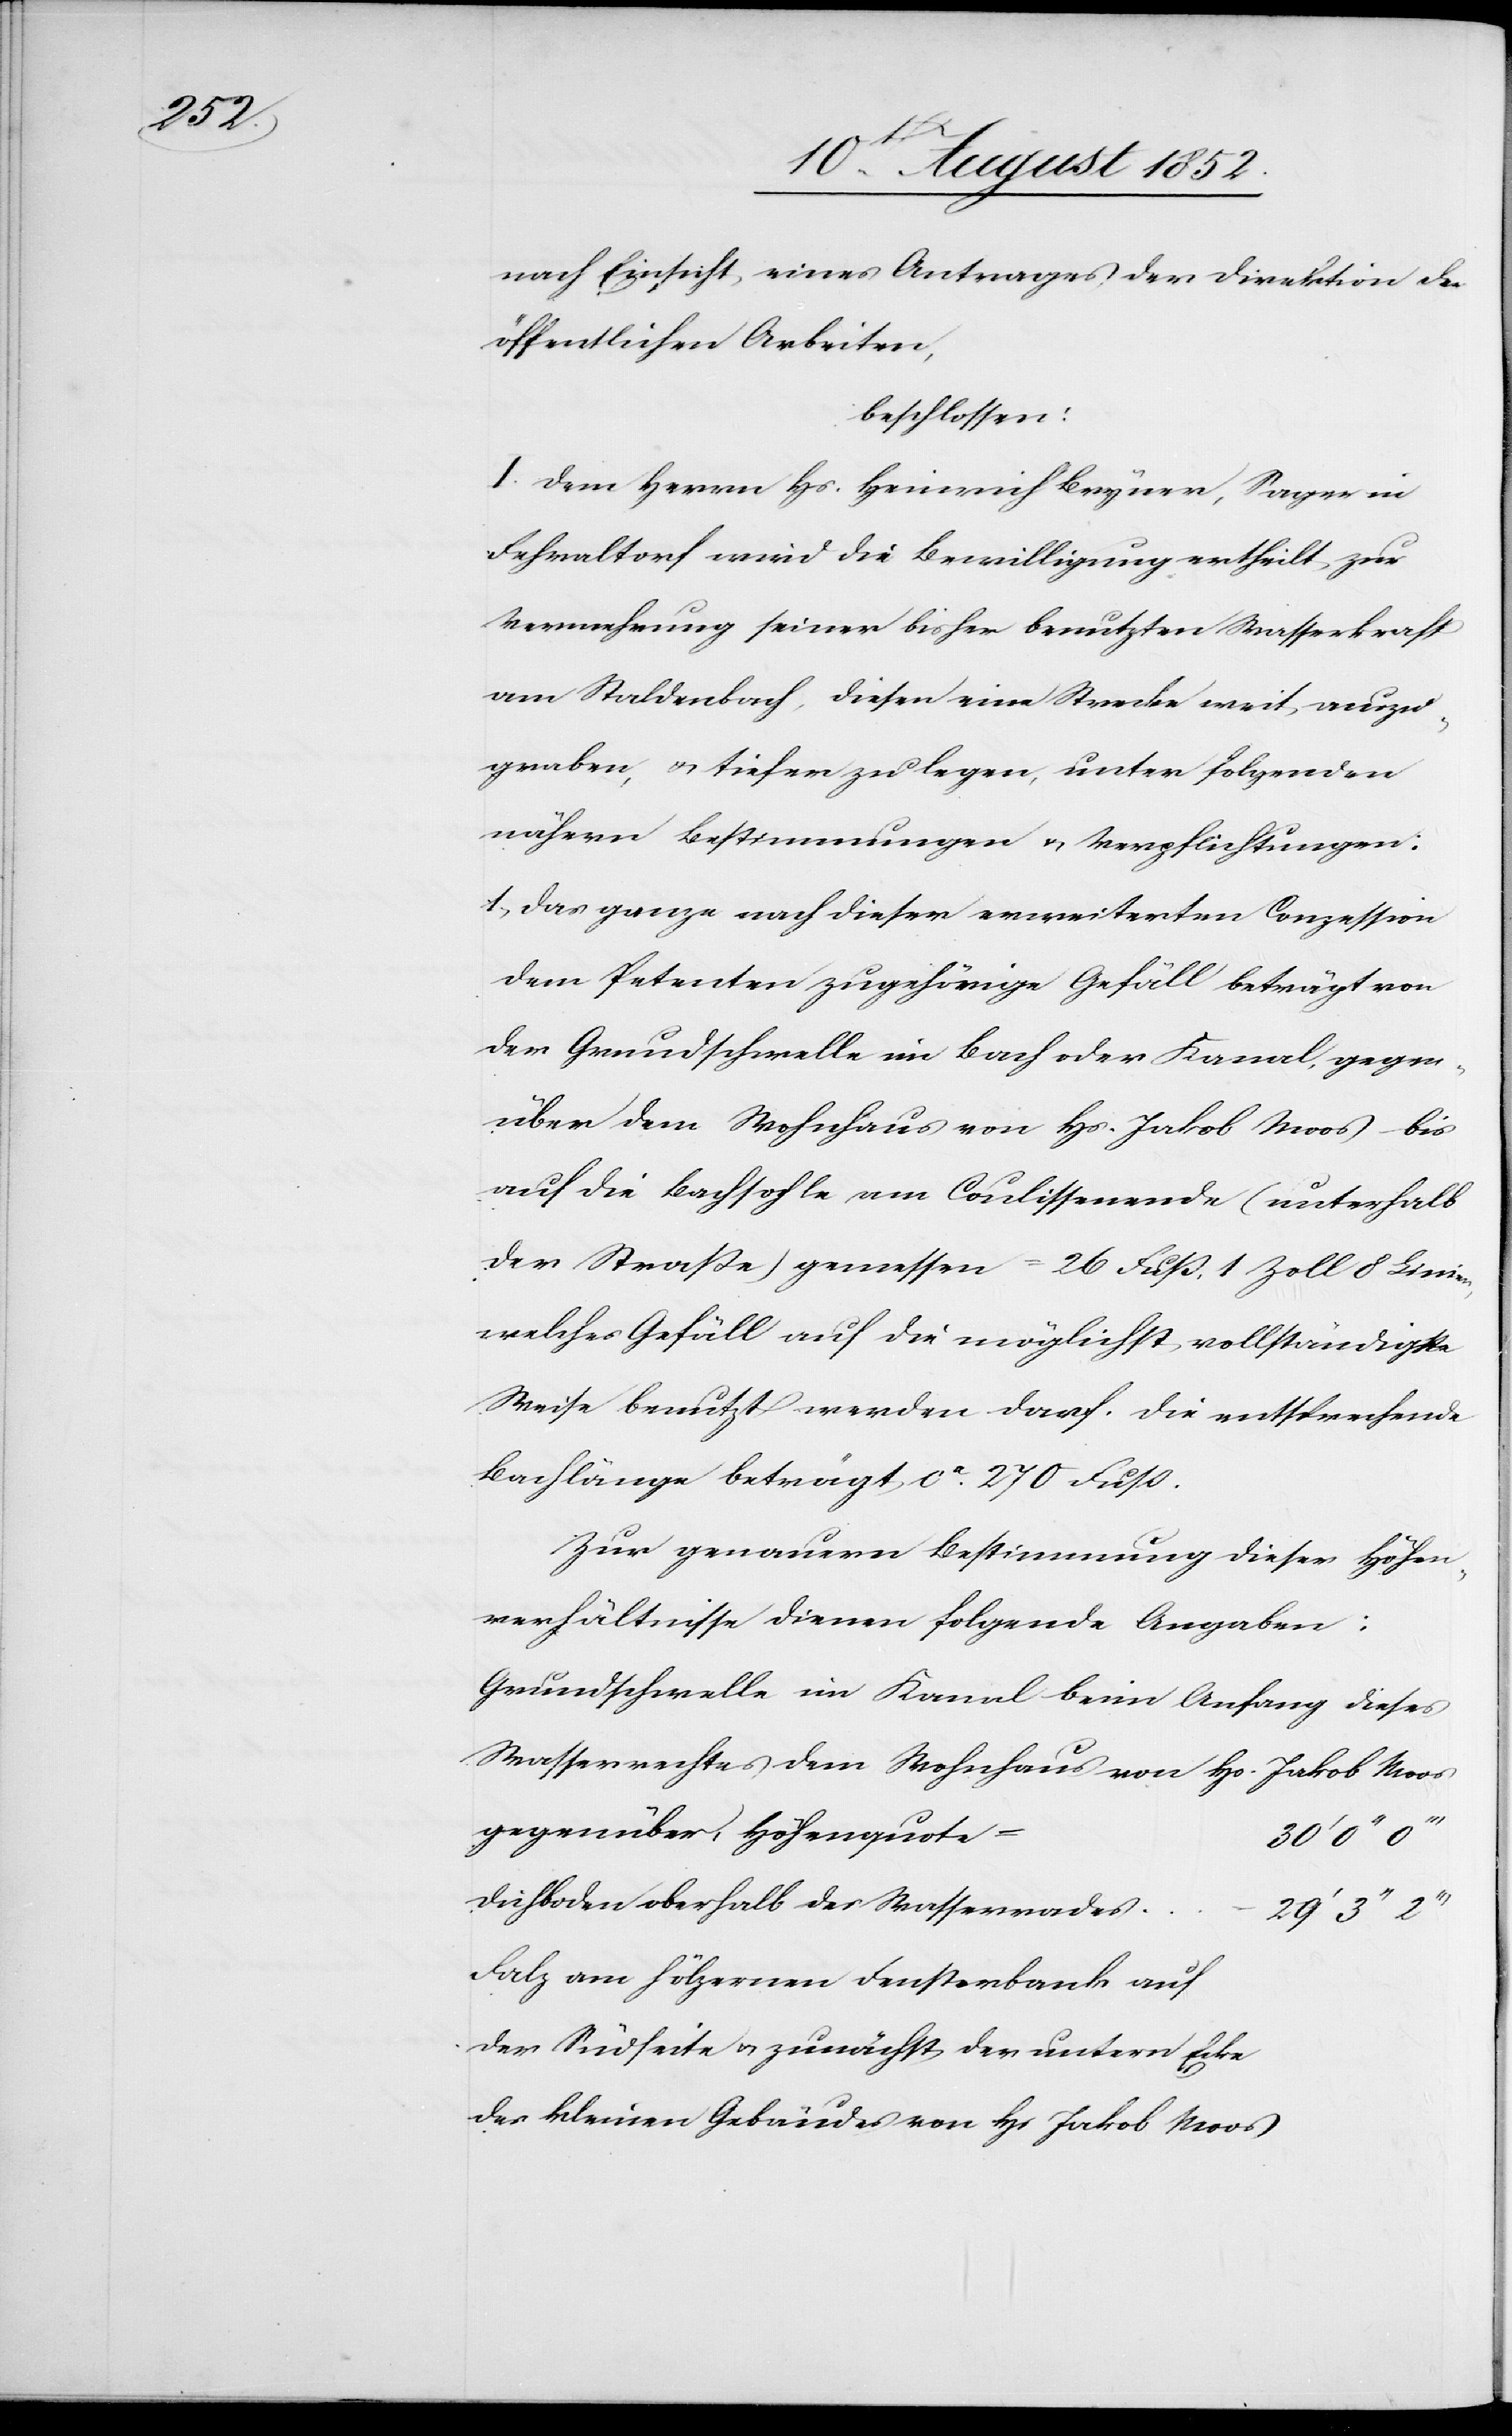
nach Einsicht eines Antrages der Direktion der
öffentlichen Arbeiten,
beschlossen:
I. Dem Herrn Hs. Heinrich Bryner, Sager in
Fehraltorf wird die Bewilligung ertheilt zur
Vermehrung seiner bisher benutzten Wasserkraft
am Staldenbach, diesen eine Strecke weit auszu¬
graben, & tiefer zu legen, unter folgenden
nähern Bestimmungen & Verpflichtungen:
1, Das ganze nach dieser erweiterten Conzession
dem Petenten zugehörige Gefäll beträgt von
der Grundschwelle im Bach oder Kanal, gegen¬
über dem Wohnhaus von Hs. Jakob Moos – bis
auf die Bachsohle am Coulissenende (unterhalb
der Straße) gemessen = 26 Fuß, 1 Zoll 8 Linien,
welches Gefäll auf die möglichst vollständigste
Weise benutzt werden darf. Die entsprechende
Bachlänge beträgt ca. 270 Fuß.
Zur genauern Bestimmung dieser Höhen¬
verhältnisse dienen folgende Angaben:
Grundschwelle im Kanal beim Anfang dieses
Wasserrechtes dem Wohnhaus von Hs. Jakob Moos
gegenüber, Höhenquote
30‘ 0‘‘
Dichboden oberhalb des Wasserrades
Falz am hölzernen Fensterbank auf
der Südseite & zunächst der untern Ecke
des kleinen Gebäudes von Hs Jakob Moos